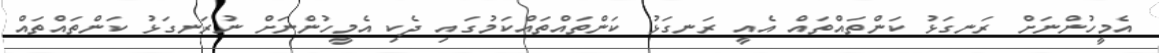
އެމީހުންނަށް ރަނގަޅު ކަންތައްތައް އެއީ ރަނގަޅު ކަންތައްތައްކަމުގައި ދެކި އެމީހުންނަށް ނުރަނގަޅު ކަންތައްތައް